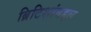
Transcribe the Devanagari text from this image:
ब्रिटिशांबद्दल